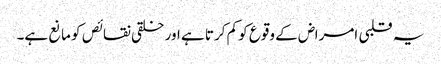
یہ قلبی امراض کے وقوع کو کم کرتا ہے اور خلقی نقائص کو مانع ہے۔